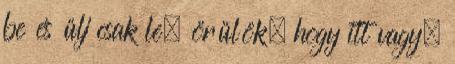
be és ülj csak le, örülök, hogy itt vagy.